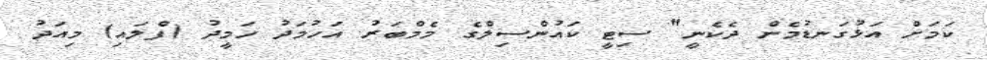
ކަމަށް އަޅުގަނޑުމެން ދެކެނީ" ސިޓީ ކައުންސިލްގެ މެމްބަރު އަހުމަދު ހަމީދު (ފްލައި) މިއަދު